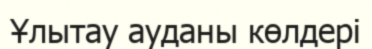
Ұлытау ауданы көлдері